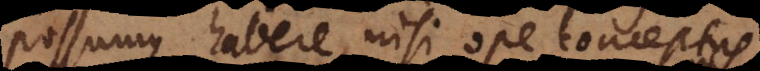
possumus habere, nisi ope conceptus